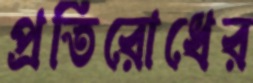
প্রতিরোধের